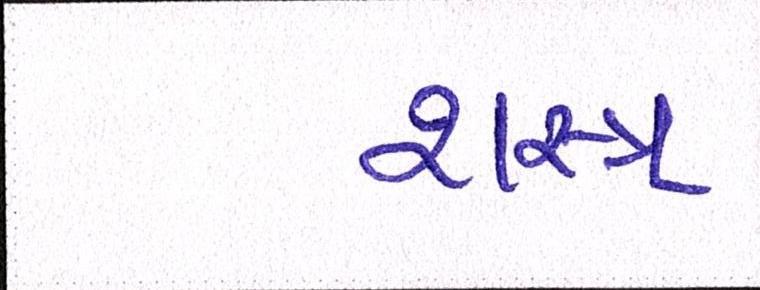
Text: શસ્ત્ર